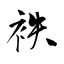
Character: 袟